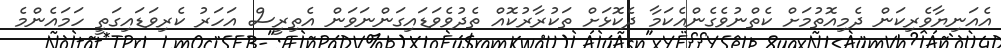
އެއަނިޔާވެރިކަން ދެމިއޮތުމަށް ކެތްނުވެގެންއެކަމާ ދެކޮޅަށް ތަކުރާރުކޮއް ތެދުވެވަޑައިގަންނަވަން އެތިރީސް އަހަރު ކެރިވަޑައިގަތީ ހަމައެންމެ